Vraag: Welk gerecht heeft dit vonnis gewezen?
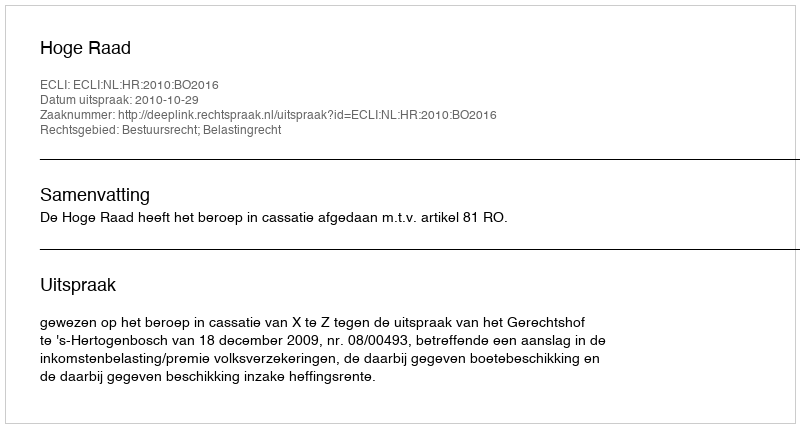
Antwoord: Hoge Raad